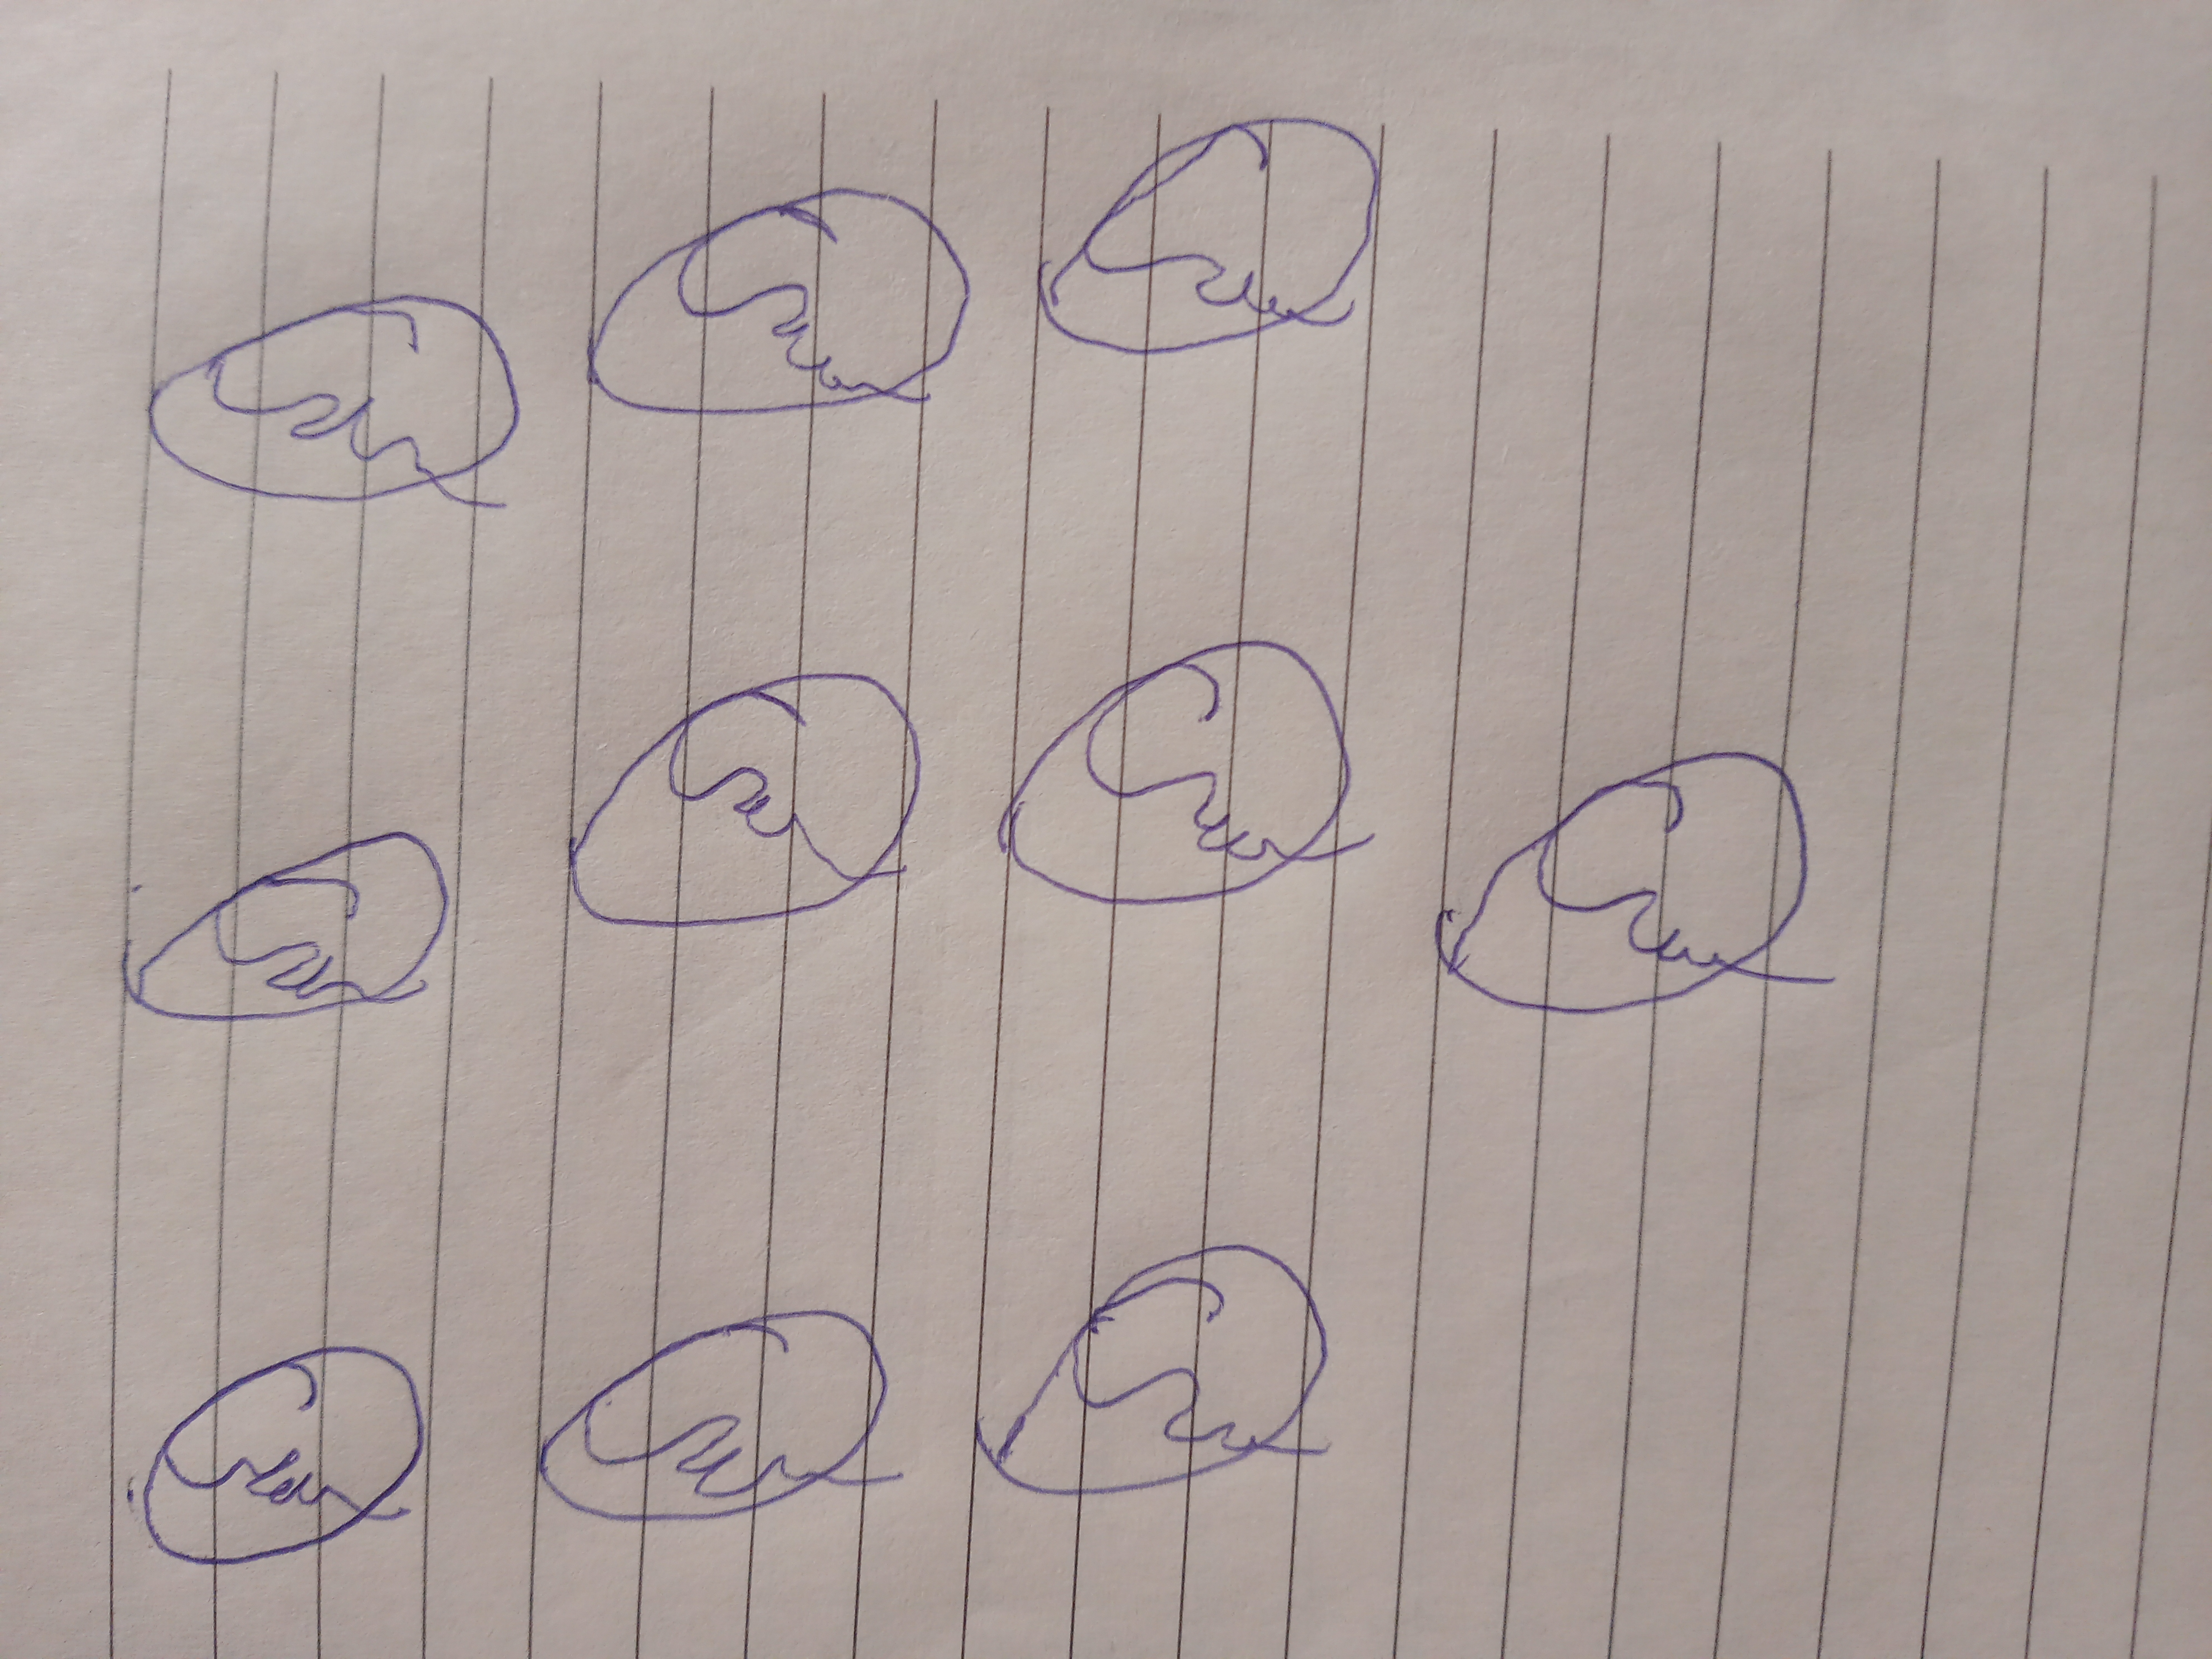
Signature authenticity: forged